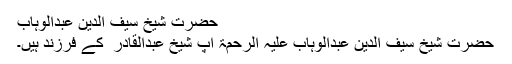
حضرت شیخ سیف الدین عبدالوہاب
حضرت شیخ سیف الدین عبدالوہاب علیہ الرحمۃ آپ شیخ عبدالقادر ؒ کے فرزند ہیں۔